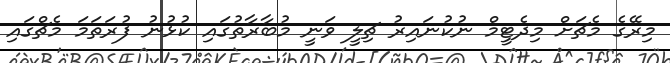
މިރޭގެ މެޗަށް މިދެޓީމް ނުކުނައިރު ޗިލީ ވަނީ މުބާރާތުގައި ކުޅުނު ފުރަތަމަ މެޗްގައި